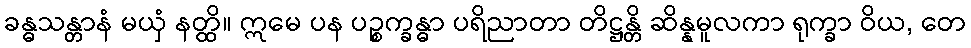
ခန္ဓသန္တာနံ မယှံ နတ္ထိ။ ဣမေ ပန ပဉ္စက္ခန္ဓာ ပရိညာတာ တိဋ္ဌန္တိ ဆိန္နမူလကာ ရုက္ခာ ဝိယ, တေ